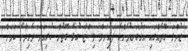
ޖުމްލަ ގޮތެއްގައި އަޅުގަނޑުމެންގެ ފައިނަލް ލިސްޓާ ގުޅޭ ގޮތުން ކުރިއަށް ދެވިދާނެ ކަމަށް